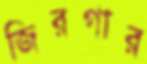
জিরগার